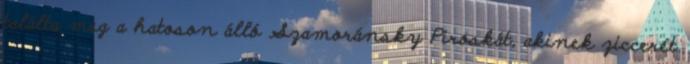
találta meg a hatoson álló Szamoránsky Piroskát, akinek ziccerét